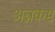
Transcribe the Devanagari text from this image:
अन्नकष्ट